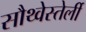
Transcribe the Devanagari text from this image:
सौथ्वेस्तेर्ली